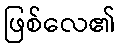
ဖြစ်လေ၏